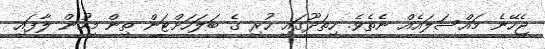
ޖެހޭނެ މައްސަލައެއް ނެތެވެ. ހިތަދޫގައި ހުރި ގެ ބަލަހަށްޓަން ތިން މީހުން ލާފައި